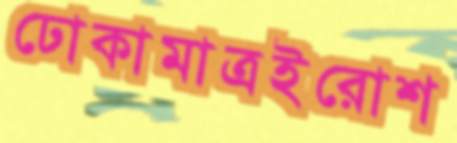
ঢোকামাত্রইরোশ